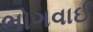
ભોગવાઈ